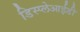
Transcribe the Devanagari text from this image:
डिस्प्लेआईडी